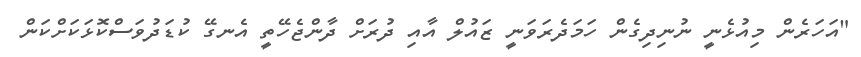
"އަހަރެން މިއުޅެނީ ނުނިދިގެން ހަމަދެރަވަނީ ޒައުލް އާއި ދުރަށް ދާންޖެހޭތީ އެނގޭ ކުޑަދުވަސްކޮޅަކަށްކަން